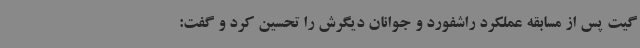
گیت پس از مسابقه عملکرد راشفورد و جوانان دیگرش را تحسین کرد و گفت:‌